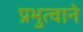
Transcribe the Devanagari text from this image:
प्रभुत्वाने